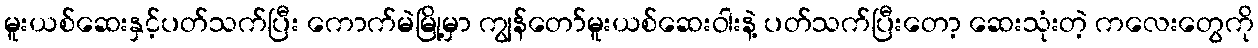
မူးယစ်ဆေးနှင့်ပတ်သက်ပြီး ကောက်မဲမြို့မှာ ကျွန်တော်မူးယစ်ဆေးဝါးနဲ့ ပတ်သက်ပြီးတော့ ဆေးသုံးတဲ့ ကလေးတွေကို